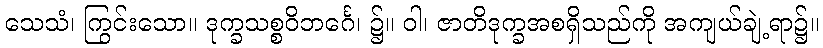
သေသံ၊ ကြွင်းသော။ ဒုက္ခသစ္စဝိဘင်္ဂေ၊ ၌။ ဝါ၊ ဇာတိဒုက္ခအစရှိသည်ကို အကျယ်ချဲ့ရာ၌။